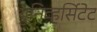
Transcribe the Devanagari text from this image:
युनिव्हर्सिटेट